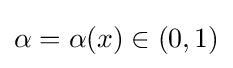
\alpha =\alpha (x)\in (0,1)